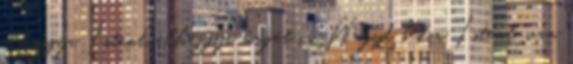
elhaggya Istent, elhaggya magát is. Hagyd békin Istent, van